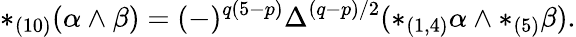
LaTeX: *_{(10)}(\alpha\wedge\beta)=(-)^{q(5-p)}\Delta^{(q-p)/2}(*_{(1,4)}\alpha\wedge*_{(5)}\beta).